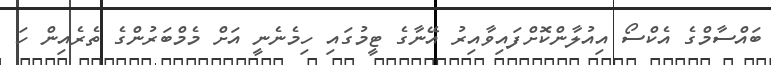
ބައްސާމްގެ އެކްސޯ އިއުލާންކޮށްފައިވާއިރު އޭނާގެ ޓީމުގައި ހިމެނެނީ އަށް މެމްބަރުންގެ ތެރެއިން ހަ